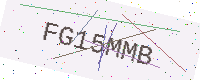
Text: FG15MMB